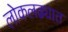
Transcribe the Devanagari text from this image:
लोकलढ्यात